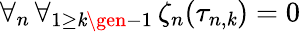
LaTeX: \forall_{n}\, \forall_{1\ge\mathit{k}\gen-1}\, \zeta_{n}(\tau_{n,\mathit{k}})=0